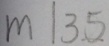
m \vert 3 5 .